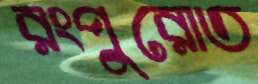
রংপুরোত